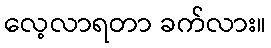
လေ့လာရတာ ခက်လား။